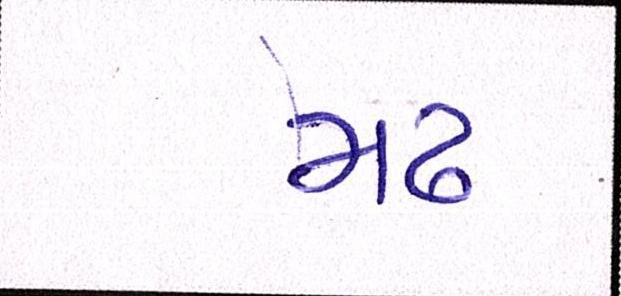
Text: મઢ